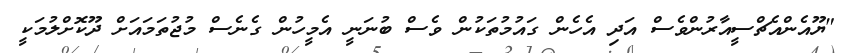
"ޔޫއެންއެޗްސީއާރުންވެސް އަދި އެހެން ގައުމުތަކުން ވެސް ބުނަނީ އެމީހުން ގެނެސް މުޖުތަމައަށް ދޫކޮށްލުމަކީ